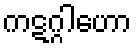
ကဋဂ္ဂါဟော